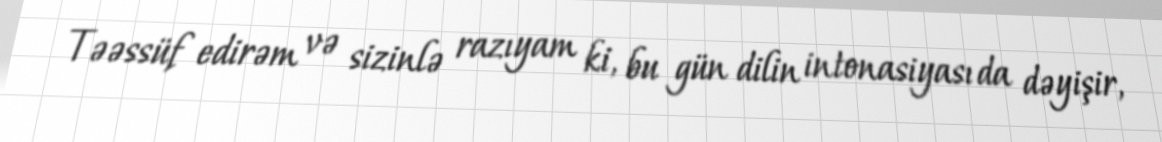
Təəssüf edirəm və sizinlə razıyam ki, bu gün dilin intonasiyası da dəyişir,